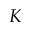
K